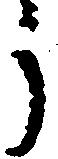
う